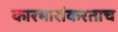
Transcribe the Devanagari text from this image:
कारभारांकरताच